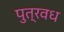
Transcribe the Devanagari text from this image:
पुत्रवध